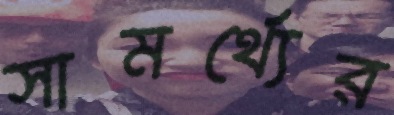
সামর্থ্যের